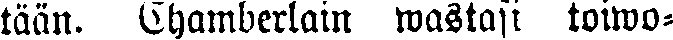
tään. Chamberlain wastasi toiwo-